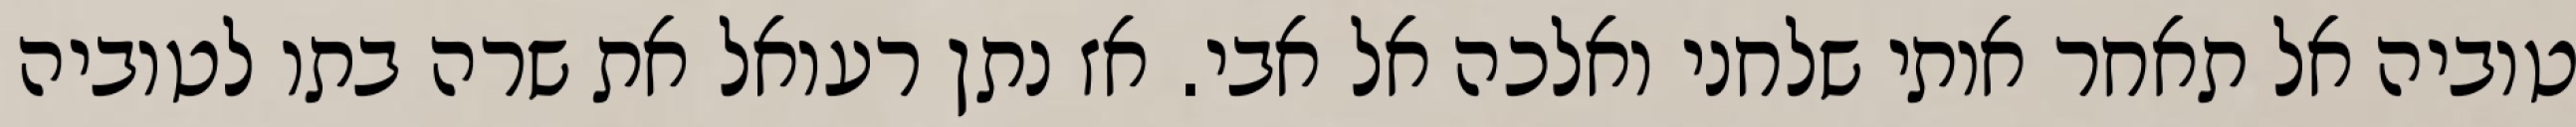
טוביה אל תאחר אותי שלחני ואלכה אל אבי. אז נתן רעואל את שרה בתו לטוביה